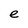
Character: e